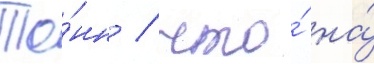
То́нн / что́ на́